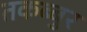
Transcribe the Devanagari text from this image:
तकब्बुर